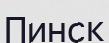
Пинск